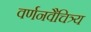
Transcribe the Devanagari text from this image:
वर्णनवैचित्र्य